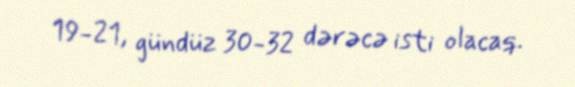
19-21, gündüz 30-32 dərəcə isti olacaq.